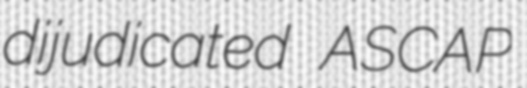
dijudicated ASCAP